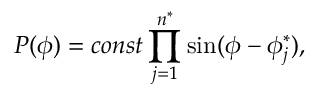
P ( \phi ) = c o n s t \prod _ { j = 1 } ^ { n ^ { \ast } } \sin ( \phi - \phi _ { j } ^ { \ast } ) ,